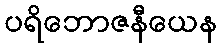
ပရိဘောဇနီယေန